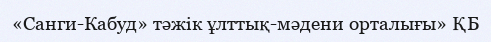
«Санги-Кабуд» тәжік ұлттық-мәдени орталығы» ҚБ